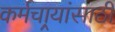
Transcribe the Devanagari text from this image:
कर्मचार्‍यांसाठी